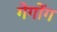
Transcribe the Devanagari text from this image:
गेगोंग